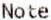
NOTE